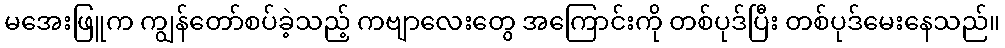
မအေးဖြူက ကျွန်တော်စပ်ခဲ့သည့် ကဗျာလေးတွေ အကြောင်းကို တစ်ပုဒ်ပြီး တစ်ပုဒ်မေးနေသည်။